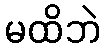
မထိဘဲ